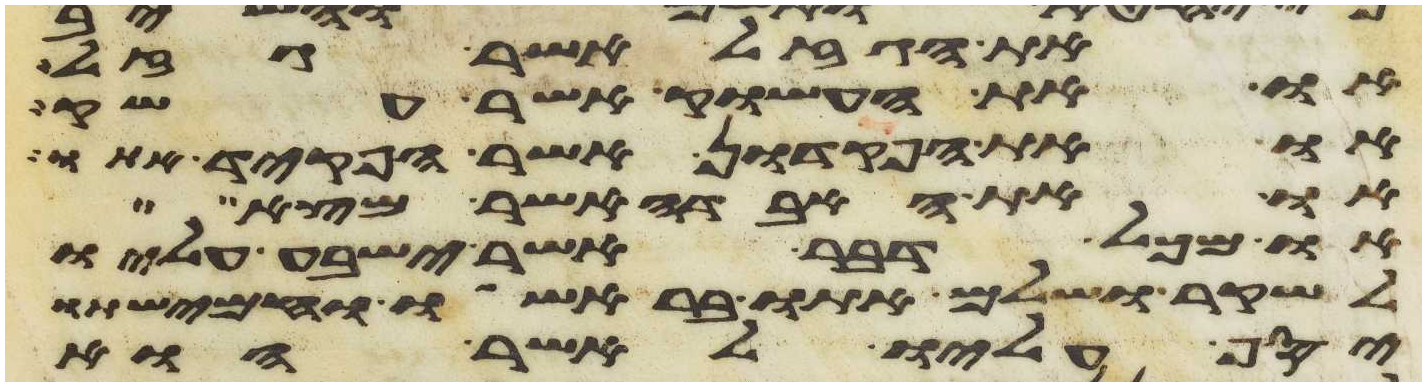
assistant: את הגזל אשר גזל
או את העשוק אשר עשק
או את הפקדון אשר הפקד אתו
או את האבדה אשר מצא
או מכל דבר אשר ישבע עליו
לשקר ושלם אתו בראשו וחמישתו
יסף עליו לאשר הוא